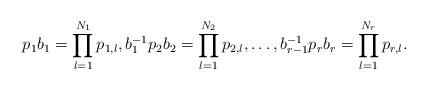
LaTeX: \begin{align*}p_1b_1 = \prod_{l=1}^{N_1} p_{1,l}, b_1^{-1} p_2 b_2 = \prod_{l=1}^{N_2} p_{2,l}, \dots, b_{r-1}^{-1}p_r b_r = \prod_{l=1}^{N_r} p_{r,l}.\end{align*}